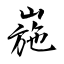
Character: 崺